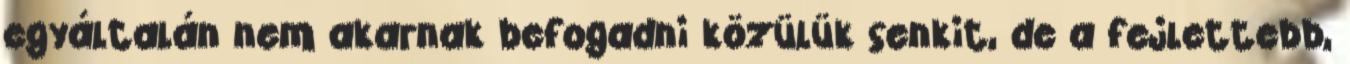
egyáltalán nem akarnak befogadni közülük senkit, de a fejlettebb,